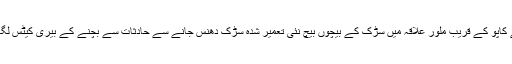
ضلع اڈپی کے کاپو کے قریب ملور علاقہ میں سڑک کے بیچوں بیچ نئی تعمیر شدہ سڑک دھنس جانے سے حادثات سے بچنے کے بیری کیٹس لگائے گئے ہیں۔